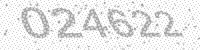
Solution: 024622